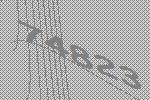
74823